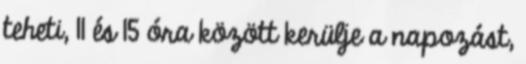
teheti, 11 és 15 óra között kerülje a napozást,